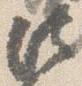
法